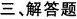
三、解答题